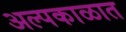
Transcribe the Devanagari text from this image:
अल्पकाळात